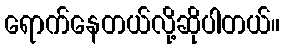
ရောက်နေတယ်လို့ဆိုပါတယ်။